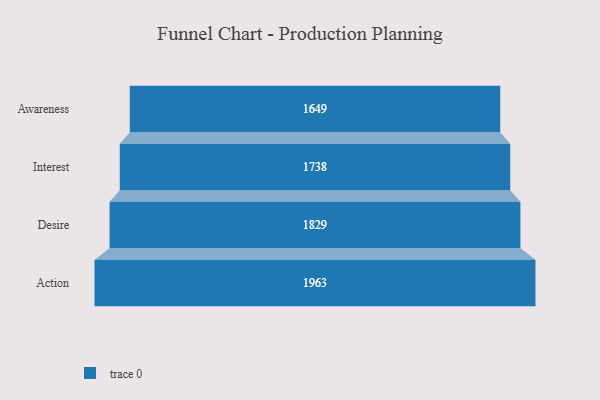
{"axis": {"x": "Stage", "y": "Value"}, "legend": [""], "data": [{"x": "Awareness", "y": 1649.0, "type": ""}, {"x": "Interest", "y": 1738.0, "type": ""}, {"x": "Desire", "y": 1829.0, "type": ""}, {"x": "Action", "y": 1963.0, "type": ""}]}